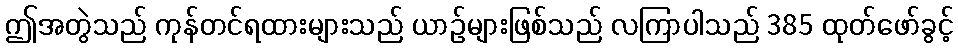
ဤအတွဲသည် ကုန်တင်ရထားများသည် ယာဉ်များဖြစ်သည် လကြာပါသည် 385 ထုတ်ဖော်ခွင့်